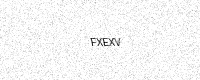
Text: FXEXV